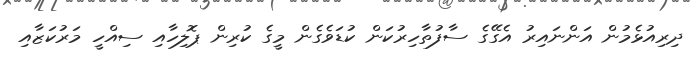
ދިރިއުޅެމުން އަންނައިރު އެގޭގެ ސާފުތާހިރުކަން ކުޑަވެގެން މީގެ ކުރިން ޕޮލިހާއި ސިއްހީ މަރުކަޒާއި